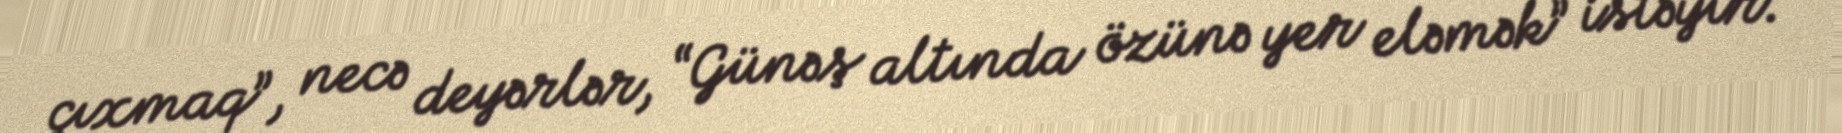
çıxmaq”, necə deyərlər, “Günəş altında özünə yer eləmək” istəyir.